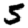
Digit: 5